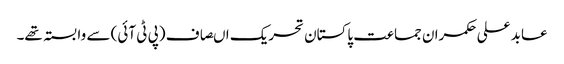
عابد علی حکمران جماعت پاکستان تحریک اںصاف (پی ٹی آئی) سے وابستہ تھے۔